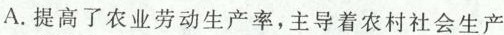
A.提高了农业劳动生产率，主导着农村社会生产